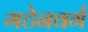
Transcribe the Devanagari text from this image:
गटेनवर्ग